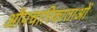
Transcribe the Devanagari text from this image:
औपचारिकाताओं